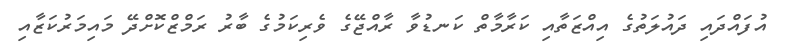
އުފައްދައި ދައުލަތުގެ އިއްޒަތާއި ކަރާމާތް ކަނޑުވާ ރާއްޖޭގެ ވެރިކަމުގެ ބާރު ރަމްޒްކޮށްދޭ މައިމަރުކަޒާއި